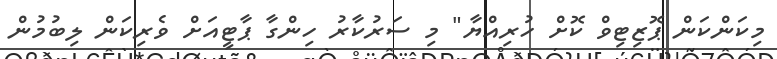
މިކަންކަން ޕޮޒިޓިވް ކޮށް ހުރިއްޔާ" މި ސަރުކާރު ހިންގާ ޕާޓީއަށް ވެރިކަން ލިބުމުން